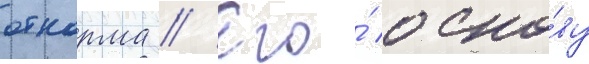
откорма // Его́ осно́ву